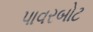
પાવરબોટ